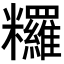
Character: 𥽺